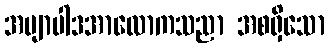
အဗျာပါဒအာလောကသညာ အစရှိသော